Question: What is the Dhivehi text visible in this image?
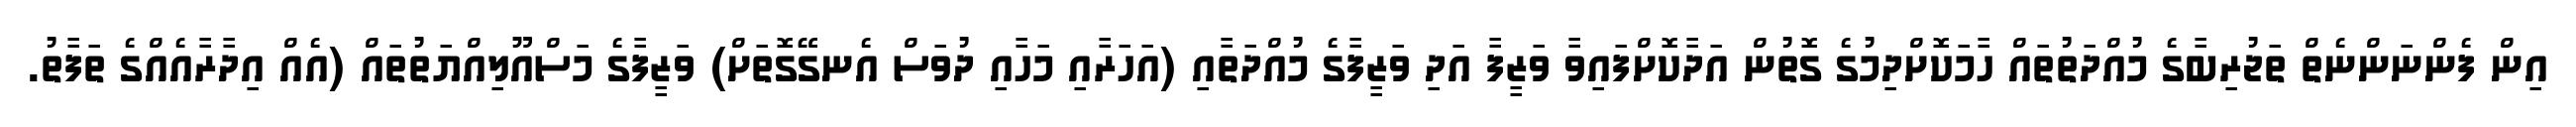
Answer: އިން ފެންނަންނެތް ތަޖުރިބާގެ މުއްދަތުތައް ހާމަކޮށްދިމުގެ ގޮތުން އަދާކޮށްފައިވާ ވަޒީފާ އަދި ވަޒީފާގެ މުއްދަތާއި (އަހަރާއި މަހާއި ދުވަސް އެނގޭގޮތަށް) ވަޒީފާގެ މަސްއޫލިއްޔަތުތައް (އެއް އިދާރާއެއްގެ ތަފާތު.